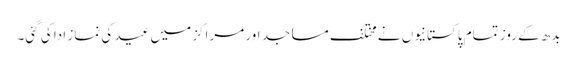
بدھ کے روز تمام پاکستانیوں نے مختلف مساجد اور مراکز میں عید کی نماز ادا کی گئی۔